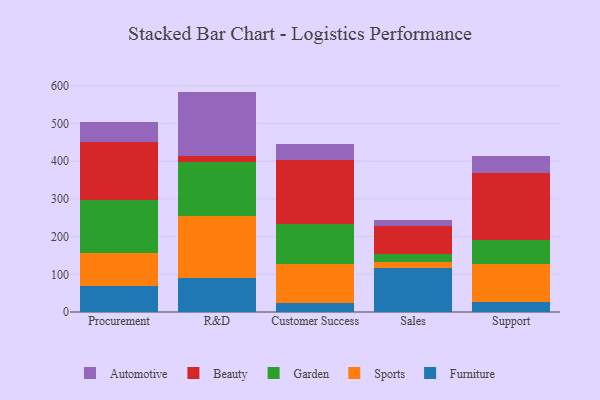
{"axis": {"x": "Department", "y": "LTV (USD)"}, "legend": ["Automotive", "Beauty", "Furniture", "Garden", "Sports"], "data": [{"x": "Procurement", "y": 69.1, "type": "Furniture"}, {"x": "Procurement", "y": 86.4, "type": "Sports"}, {"x": "Procurement", "y": 140.8, "type": "Garden"}, {"x": "Procurement", "y": 154.9, "type": "Beauty"}, {"x": "Procurement", "y": 53.1, "type": "Automotive"}, {"x": "R&D", "y": 90.8, "type": "Furniture"}, {"x": "R&D", "y": 163.9, "type": "Sports"}, {"x": "R&D", "y": 142.8, "type": "Garden"}, {"x": "R&D", "y": 16.1, "type": "Beauty"}, {"x": "R&D", "y": 171.0, "type": "Automotive"}, {"x": "Customer Success", "y": 22.8, "type": "Furniture"}, {"x": "Customer Success", "y": 103.5, "type": "Sports"}, {"x": "Customer Success", "y": 106.0, "type": "Garden"}, {"x": "Customer Success", "y": 171.2, "type": "Beauty"}, {"x": "Customer Success", "y": 40.8, "type": "Automotive"}, {"x": "Sales", "y": 116.8, "type": "Furniture"}, {"x": "Sales", "y": 16.5, "type": "Sports"}, {"x": "Sales", "y": 19.4, "type": "Garden"}, {"x": "Sales", "y": 76.4, "type": "Beauty"}, {"x": "Sales", "y": 15.2, "type": "Automotive"}, {"x": "Support", "y": 27.2, "type": "Furniture"}, {"x": "Support", "y": 100.8, "type": "Sports"}, {"x": "Support", "y": 62.4, "type": "Garden"}, {"x": "Support", "y": 178.1, "type": "Beauty"}, {"x": "Support", "y": 46.5, "type": "Automotive"}]}